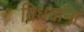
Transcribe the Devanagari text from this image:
विधवांनां